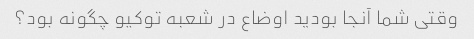
وقتی شما آنجا بودید اوضاع در شعبه توکیو چگونه بود؟